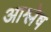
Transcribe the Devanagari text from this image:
आश्लेष